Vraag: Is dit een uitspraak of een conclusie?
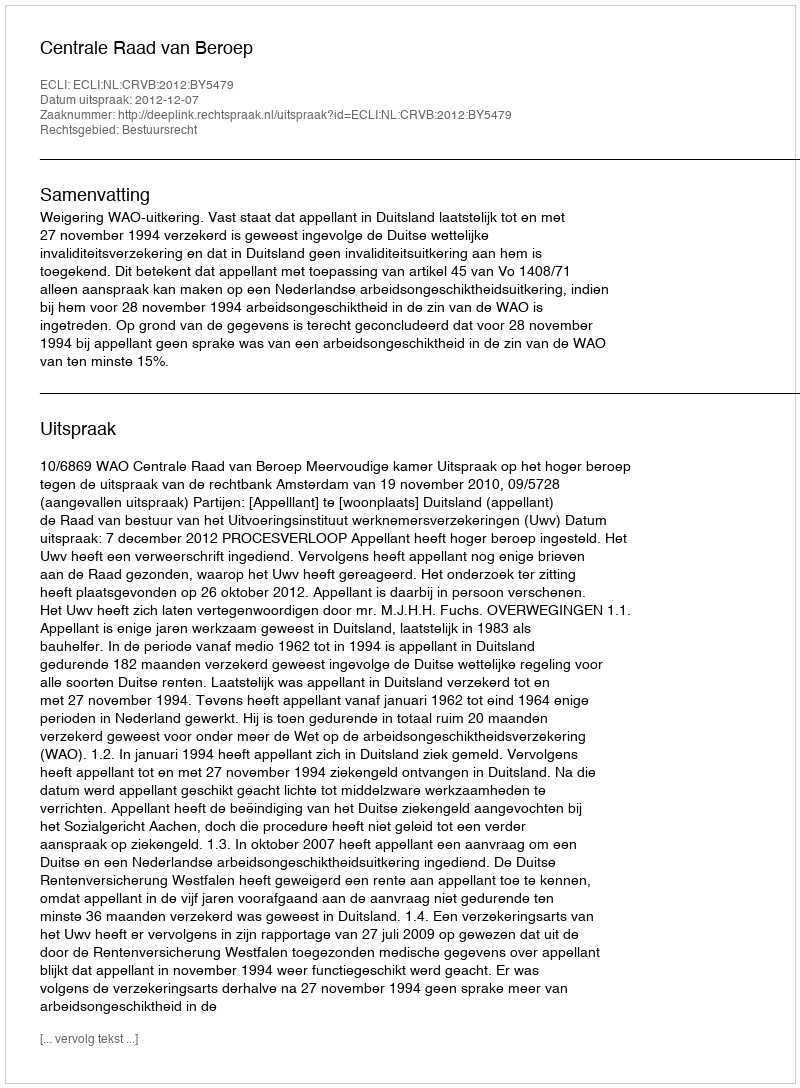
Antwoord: Uitspraak